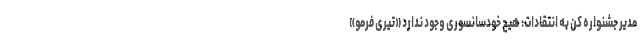
مدیر جشنواره کن به انتقادات: هیچ خودسانسوری وجود ندارد «تیری فرمو»